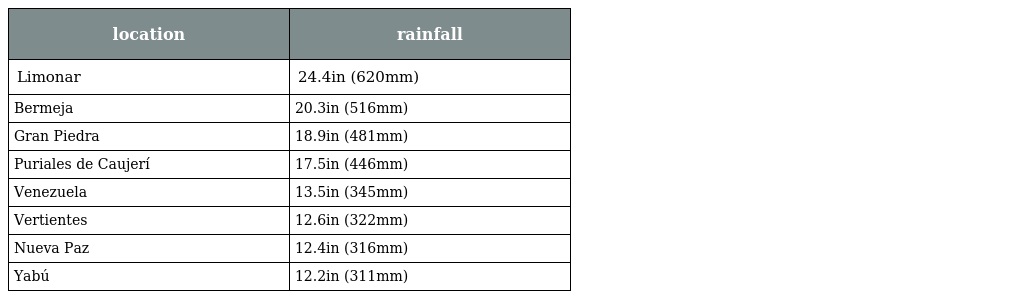
| location | rainfall |
 | --- | --- |
 | Limonar | 24.4in (620mm) |
 | Bermeja | 20.3in (516mm) |
 | Gran Piedra | 18.9in (481mm) |
 | Puriales de Caujerí | 17.5in (446mm) |
 | Venezuela | 13.5in (345mm) |
 | Vertientes | 12.6in (322mm) |
 | Nueva Paz | 12.4in (316mm) |
 | Yabú | 12.2in (311mm) |